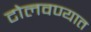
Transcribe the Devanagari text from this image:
टोलवण्यात